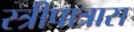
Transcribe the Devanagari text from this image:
स्त्रीपात्रास